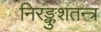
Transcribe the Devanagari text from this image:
निरङ्कुशतन्त्र